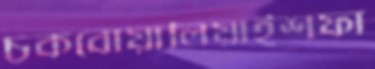
চকবোয়ালিয়াইশফা